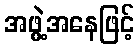
အဖွဲ့အနေဖြင့်